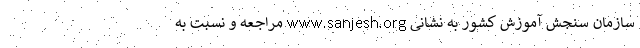
سازمان سنجش‌ آموزش کشور به نشانی www.sanjesh.org مراجعه و نسبت به